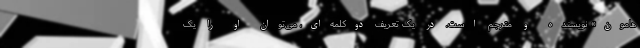
هامون» نویسنده و مترجم است. در یک تعریف دوکلمه‌ای، می‌توان او را یک